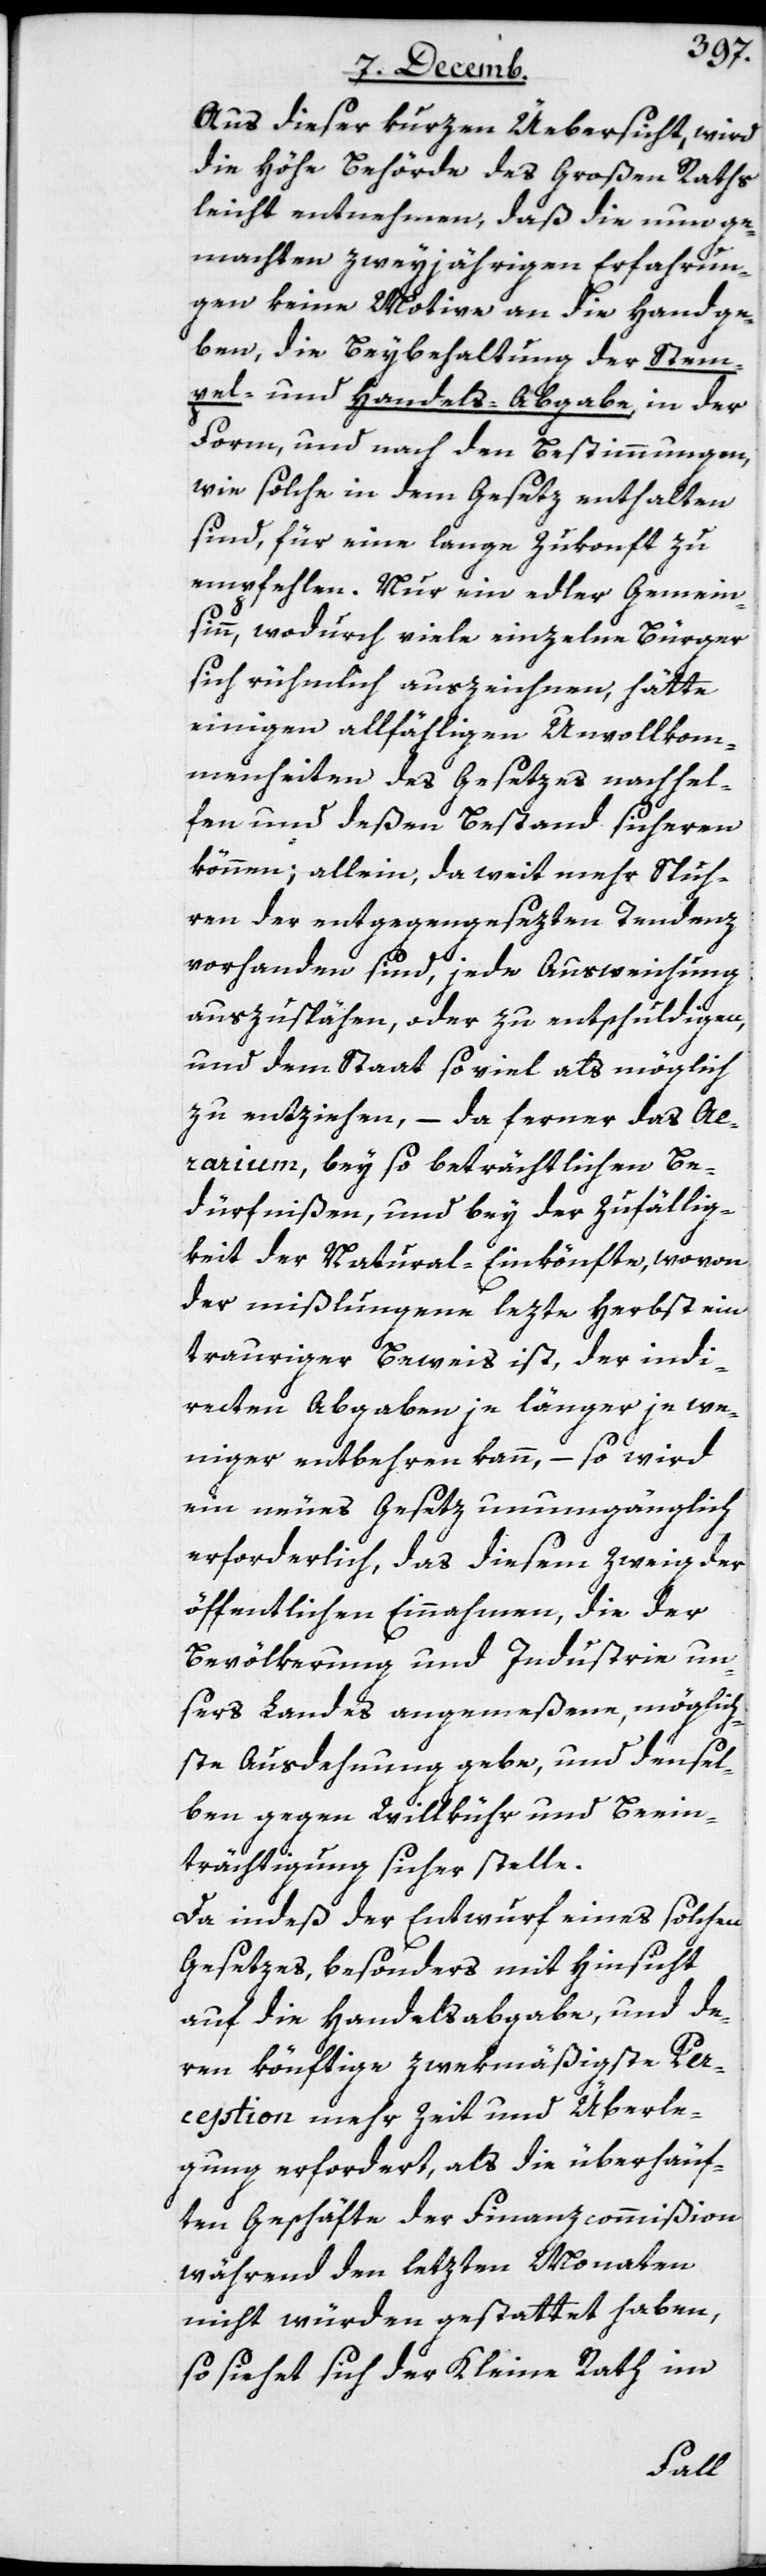
Aus dieser kurzen Übersicht wird
leicht entnehmen, daß die nun ge¬
machten zweyjährigen Erfahrun¬
gen keine Motive an die Hand ge¬
ben, die Beybehaltung der Stem¬
pel- und Handels-Abgabe, in der
Form und nach den Bestimmungen,
wie solche in dem Gesetz enthalten
sind, für eine lange Zukonft zu
empfehlen. Nur ein edler Gemein¬
sinn, wodurch viele einzelne Bürger
sich rühmlich auszeichnen, hätte
einigen allfälligen Unvollkom¬
menheiten des Gesetzes nachhel¬
fen und deßen Bestand sicheren
können; allein, da weit mehr Spuh¬
ren der entgegengesezten Tendenz
vorhanden sind, jede Ausweichung
auszuspähen, oder zu entschuldigen,
und dem Staat soviel als möglich
zu entziehen, – da ferner das Ae¬
rarium, bey so beträchtlichen Be¬
dürfnißen, und bey der Zufällig¬
keit der Natural-Einkönfte, wovon
der mißlungene lezte Herbst ein
trauriger Beweis ist, der indi¬
recten Abgaben je länger je we¬
niger entbehren kann, – so wird
ein neues Gesetz unumgänglich
erforderlich, das diesem Zweig der
öffentlichen Einnahmen, die der
Bevölkerung und Industrie un¬
sers Landes angemeßene, möglich¬
ste Ausdehnung gebe, und densel¬
ben gegen Willkühr und Beein¬
trächtigung sicher stelle.
Da indes der Entwurf eines solchen
Gesetzes, besonders mit Hinsicht
auf die Handelsabgabe, und de¬
ren könftige zwekmäßigste Per¬
ception mehr Zeit und Überle¬
gung erfordert, als die überhäuf¬
ten Geschäfte der Finanzcommißion
während den letzten Monaten
nicht würden gestattet haben,
so siehet sich der Kleine Rath im
Raths